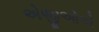
એજીઓએ